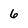
Character: 6